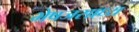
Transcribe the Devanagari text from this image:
भेषजसाध्य